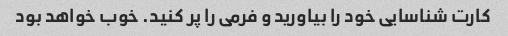
کارت شناسایی خود را بیاورید و فرمی را پر کنید. خوب خواهد بود